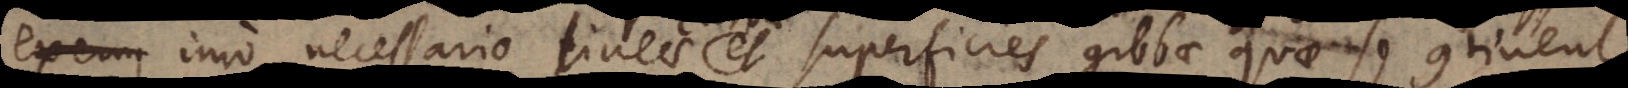
mo necessario lineae et superficies gibbae quae se continent